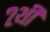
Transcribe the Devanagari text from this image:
२थी